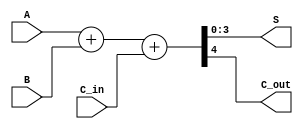
module binary_adder(A,B,C_in,S,C_out);
input [3:0] A,B;
input C_in;
output C_out;
output [3:0] S;

assign {C_out,S}=A+B+C_in;
endmodule